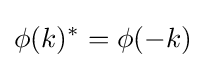
\phi (k)^{*}=\phi (-k)